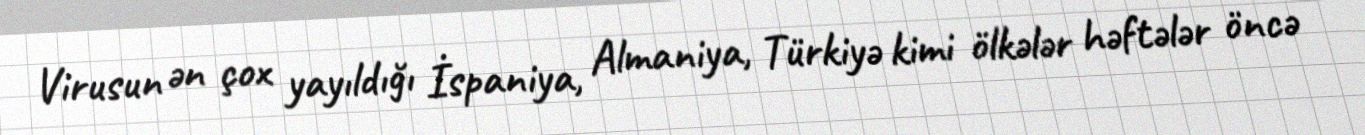
Virusun ən çox yayıldığı İspaniya, Almaniya, Türkiyə kimi ölkələr həftələr öncə